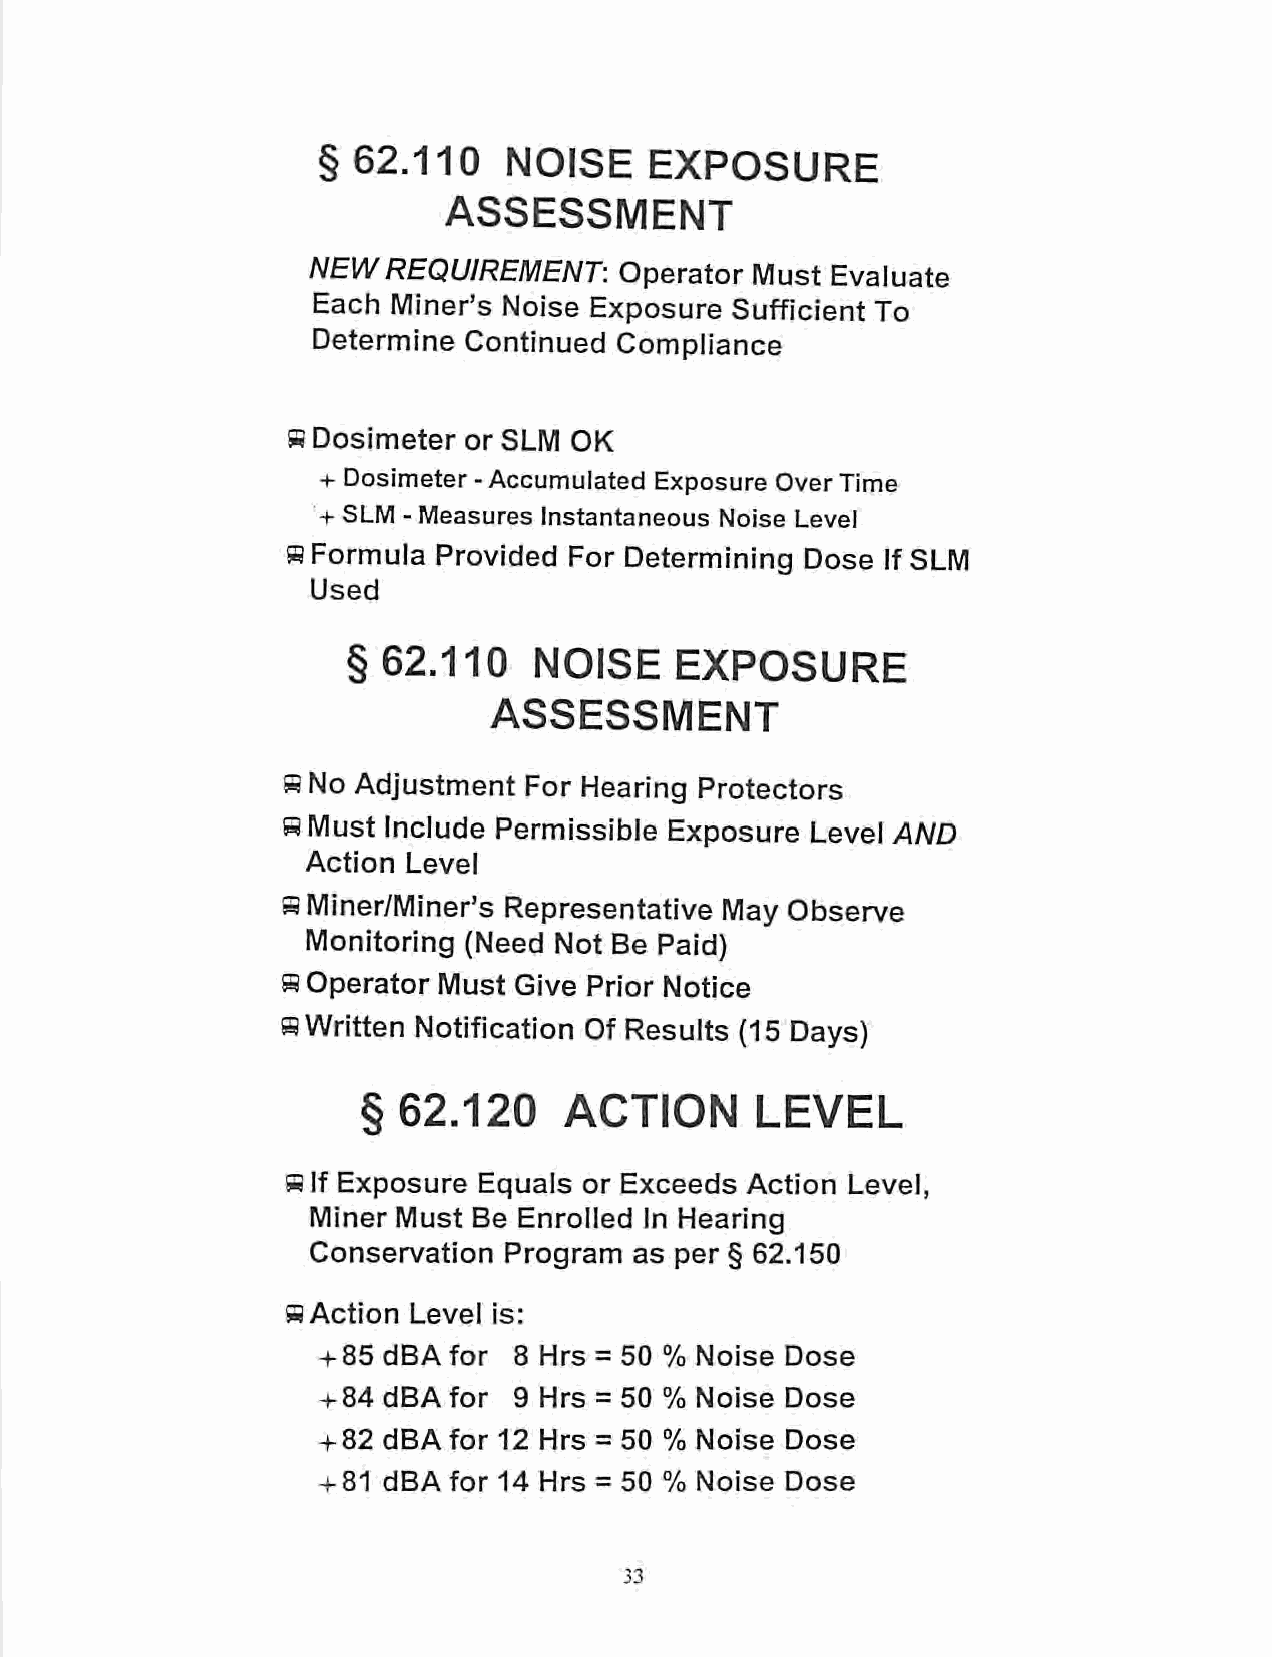
§62.110      NOISE    EXPOSURE
 ASSESSMENT
 NEWREQUIREMENT:      Operator Must Evaluate
 Each Miner's Noise Exposure Sufficient To
 Determine Continued Compliance
 S Dosimeter or SLM OK
 + Dosimeter-Accumulated Exposure Over Time
 '+ SLM - Measures Instantaneous Noise Level
 a Formula Provided For Determining Dose IfSLM
 Used
 §62.110     NOISE     EXPOSURE
 ASSESSMENT
 a NoAdjustment  For Hearing Protectors
 a Must Include Permissible Exposure Level AND
 Action Level
 a Miner/Miner's Representative MayObserve
 Monitoring (Need Not Be Paid)
 a Operator Must Give Prior Notice
 a Written Notification OfResults (15 Days)
 §62.120      ACTION       LEVEL
 a If Exposure Equals or Exceeds Action Level,
 Miner Must Be Enrolled In Hearing
 Conservation Program as per§ 62.150
 a Action Level is:
 + 85 dBA for 8 Hrs = 50 % Noise Dose
 + 84 dBA for 9 Hrs = 50 % Noise Dose
 + 82 dBA for 12 Hrs = 50 % Noise Dose
 + 81 dBA for 14 Hrs = 50 % Noise Dose
 33